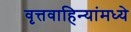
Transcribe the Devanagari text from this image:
वृत्तवाहिन्यांमध्ये